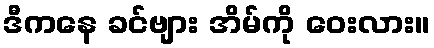
ဒီကနေ ခင်ဗျား အိမ်ကို ဝေးလား။